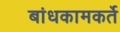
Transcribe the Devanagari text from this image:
बांधकामकर्ते